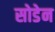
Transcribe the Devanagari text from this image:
सोडेन